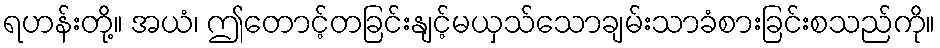
ရဟန်းတို့။ အယံ၊ ဤတောင့်တခြင်းနျင့်မယှသ်သောချမ်းသာခံစားခြင်းစသည်ကို။